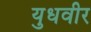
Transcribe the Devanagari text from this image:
युधवीर